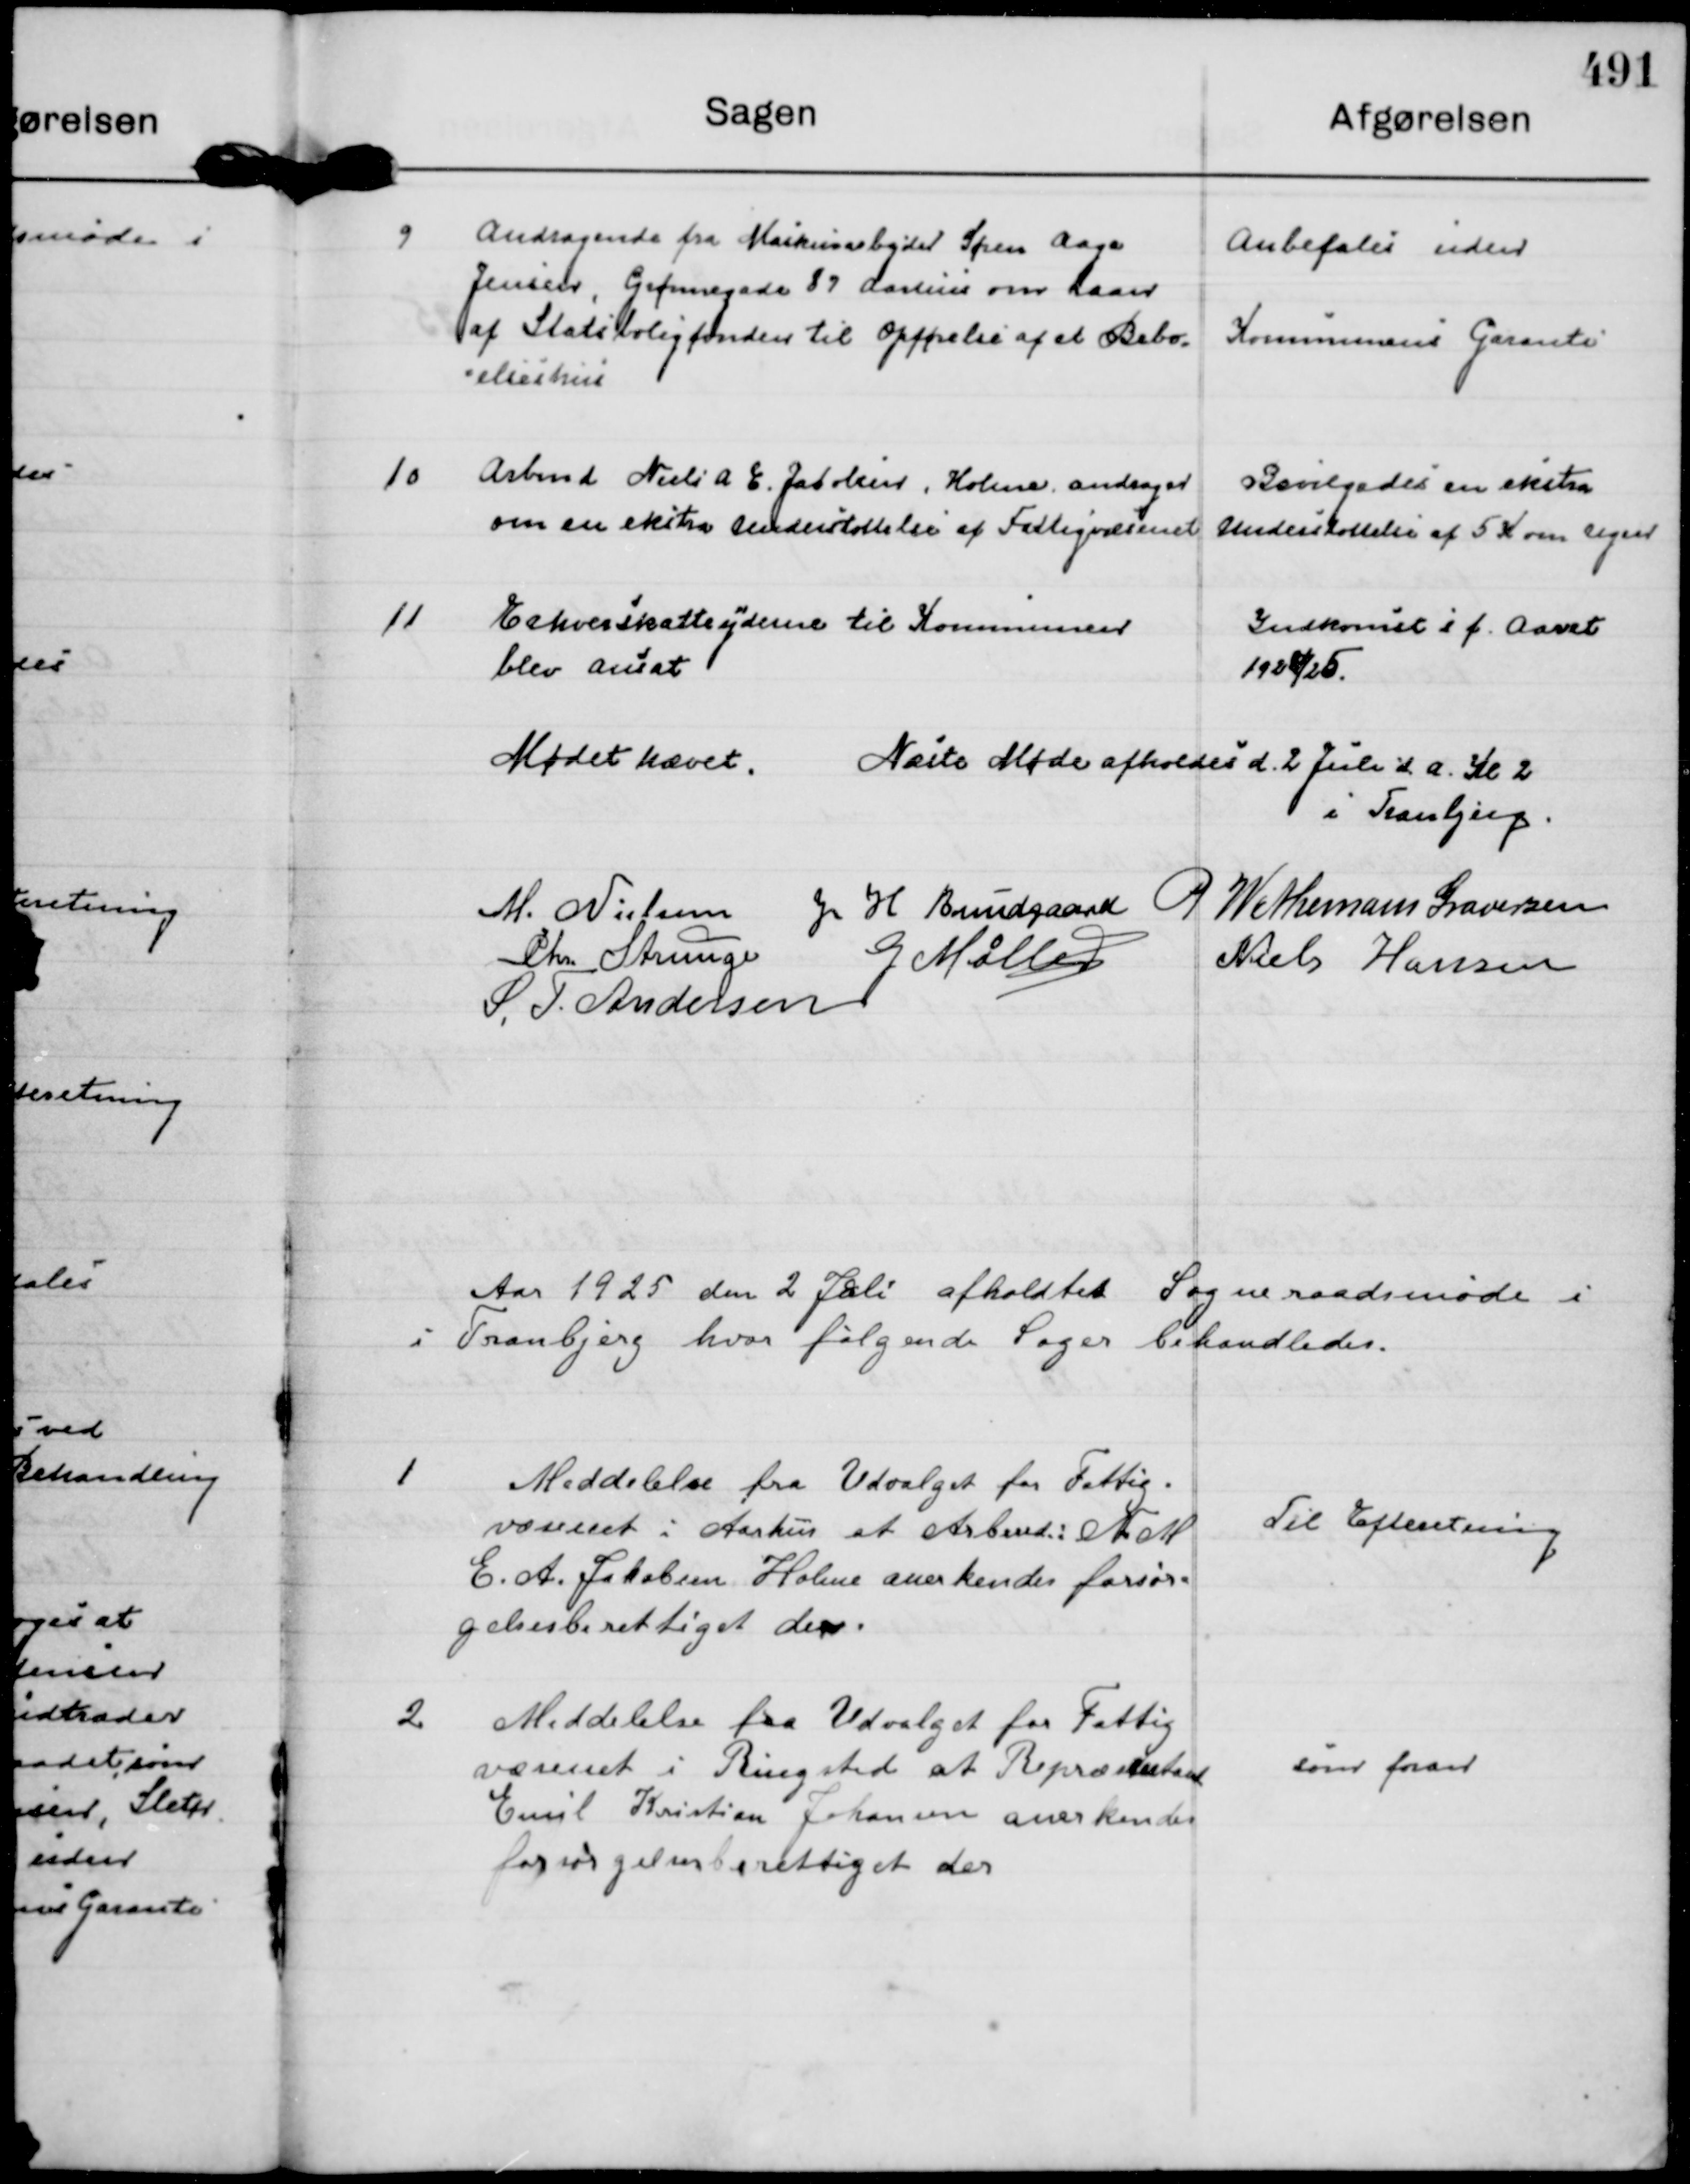
Transskription:
9
Andragende fra Maskinarbejder Søren Aage
Jensen, Grønnegade 89 Aarhus om Laan
af Statsboligfonden til Opførelse af et Bebo=
=elseshus

Anbefales uden
Kommunens Garanti

10
Arbmd Niels A E. Jacobsen, Holme, andrager 
om en ekstra understøttelse af Fattigvæsenet

Bevilgedes en ekstra
Understøttelse af 5 K om Ugen

11
Erhvervsskatteyderne 



til Kommunen 
blev ansat

Indkomst i f. Aaret
1924/25.

Mødet hævet.

Næste Møde afholdes d. 2 Juli d. A. Kl 2
i Tranbjerg.

M. Nielsen
J H Bundgaard
P Wethemann Graversen
Chr. Strunge
G Møller
Niels Hansen
S. T. Andersen

Aar 1925 den 2 Juli afholdtes Sogneraadsmøde i
i Tranbjerg hvor følgende Sager behandledes.

1
Meddelelse fra Udvalget for Fattig=
væsenet i Aarhus at Arbmd. : V M
C. A. Jakobsen Holme anerkendes forsør=
gelsesberettiget der.

Til Efteretning

2
Meddelelse fra Udvalget for Fattig
væsenet i Ringsted at Repræsentant
Emil Kristian Johansen anerkendes
forsørgelsesberettiget der

som foran